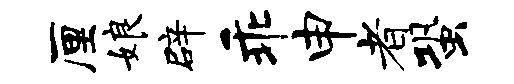
厘娘辟乖申者蛩